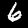
Digit: 6